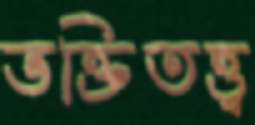
ভক্তিতত্ত্ব